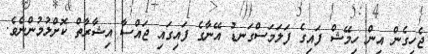
ޖެހިގެން އިން ހިމޭޝް ފައިގެ ފަލަމަސްގަނޑު އޭނާގެ ފައިގައި ޖައްސާ އިޝާރާތް ކޮށްލުމުންނެވެ.